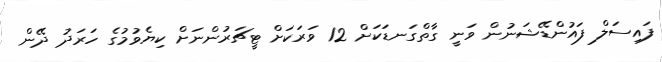
ފައިސަލް ފައުންޑޭޝަނުން ވަނީ ގާތްގަނޑަކަށް 12 ވަރަކަށް ޓީޗަރުންނަށް ކިޔެވުމުގެ ހަރަދު ދޭން